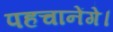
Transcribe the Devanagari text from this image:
पहचानेंगे।